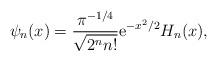
LaTeX: \begin{align*}\psi_n(x)=\frac{\pi^{-1/4}}{\sqrt{2^{n}n!}}\mathrm{e}^{-x^2/2}H_n(x),\end{align*}